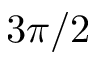
3 \pi / 2